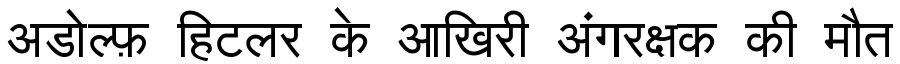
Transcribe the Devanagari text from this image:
अडोल्फ़ हिटलर के आखिरी अंगरक्षक की मौत